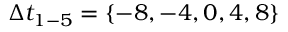
\Delta t _ { 1 - 5 } = \{ - 8 , - 4 , 0 , 4 , 8 \}